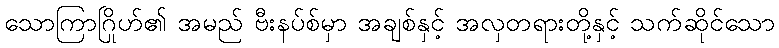
သောကြာဂြိုဟ်၏ အမည် ဗီးနပ်စ်မှာ အချစ်နှင့် အလှတရားတို့နှင့် သက်ဆိုင်သော